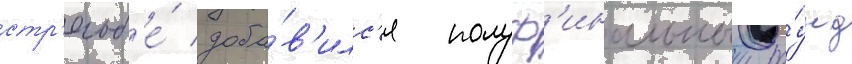
стр'ельб'е́ доба́в'илс'я полуф'инальныи ра́унд